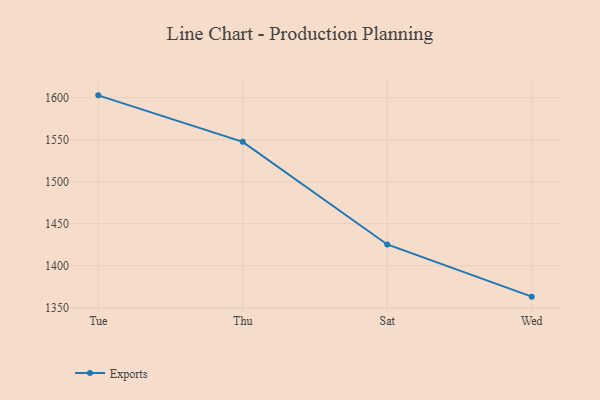
{"axis": {"x": "Day", "y": "LTV (USD)"}, "legend": ["Exports"], "data": [{"x": "Tue", "y": 1602.8, "type": "Exports"}, {"x": "Thu", "y": 1547.5, "type": "Exports"}, {"x": "Sat", "y": 1425.3, "type": "Exports"}, {"x": "Wed", "y": 1363.2, "type": "Exports"}]}